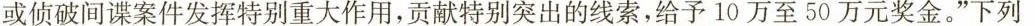
或侦破间谍案件发挥特别重大作用，贡献特别突出的线索，给予10万至50万元奖金。”下列